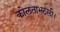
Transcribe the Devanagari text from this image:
कोलताभठली।